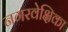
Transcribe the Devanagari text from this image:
नगरवेक्षिका